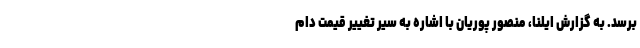
برسد. به گزارش ایلنا، منصور پوریان با اشاره به سیر تغییر قیمت دام